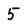
Character: 5